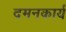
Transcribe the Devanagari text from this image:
दमनकार्य